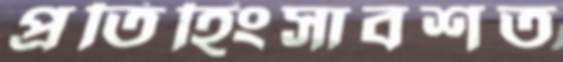
প্রতিহিংসাবশত